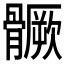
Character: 𩪗